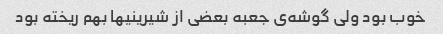
خوب بود ولی گوشه‌ی جعبه بعضی از شیرینیها بهم ریخته بود